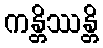
ကန္တိဿန္တိ